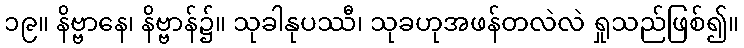
၁၉။ နိဗ္ဗာနေ၊ နိဗ္ဗာန်၌။ သုခါနုပဿီ၊ သုခဟုအဖန်တလဲလဲ ရှုသည်ဖြစ်၍။